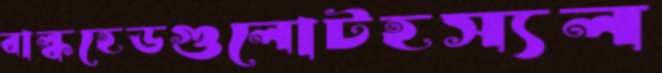
বাল্কহেডগুলোটহস্যল